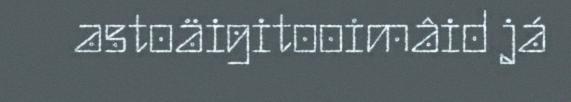
astoäigitooimâid já